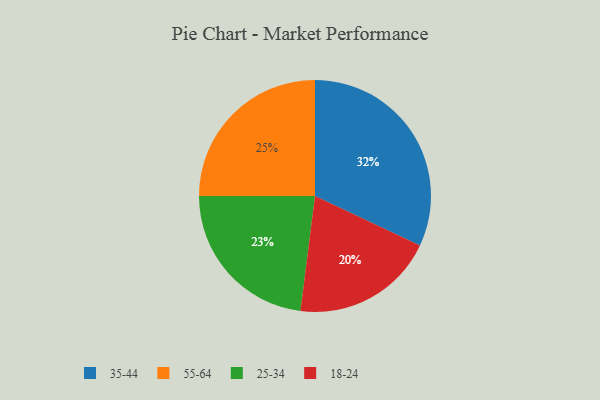
{"axis": {"x": "Category", "y": "Percentage"}, "legend": ["18-24", "25-34", "35-44", "55-64"], "data": [{"x": "18-24", "y": 20, "type": "18-24"}, {"x": "35-44", "y": 32, "type": "35-44"}, {"x": "25-34", "y": 23, "type": "25-34"}, {"x": "55-64", "y": 25, "type": "55-64"}]}